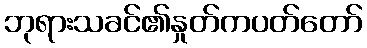
ဘုရားသခင်၏နှုတ်ကပတ်တော်